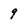
Character: 9